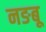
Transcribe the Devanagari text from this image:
नङबू